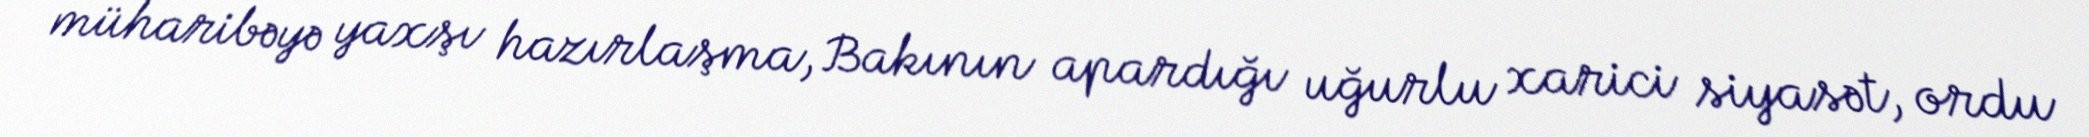
müharibəyə yaxşı hazırlaşma, Bakının apardığı uğurlu xarici siyasət, ordu